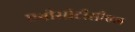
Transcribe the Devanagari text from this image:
एबीसीटीसीएल